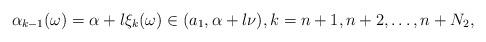
LaTeX: \begin{align*}\alpha_{k-1}(\omega)=\alpha+l \xi_{k}(\omega) \in (a_1, \alpha + l\nu), k=n+1, n+2, \dots, n+N_2,\end{align*}